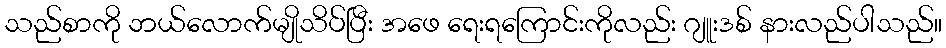
သည်စာကို ဘယ်လောက်မျိုသိပ်ပြီး အဖေ ရေးရကြောင်းကိုလည်း ဂျူးဒစ် နားလည်ပါသည်။